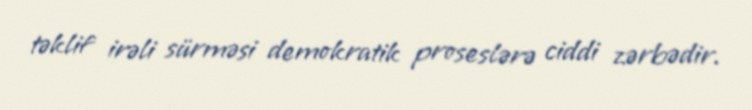
təklif irəli sürməsi demokratik proseslərə ciddi zərbədir.